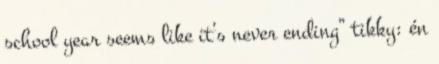
school year seems like it’s never ending” tikky: én